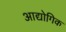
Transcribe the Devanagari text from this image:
आद्योगिक